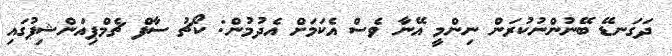
ދަގަނޑޭ ބޭނުންނުކުރަން ނިންމީ އޭނާ ވެސް އެކަމަށް އެދުމުން: ކޯޗު ސާފް ޗެމްޕިއަންޝިޕުގައި